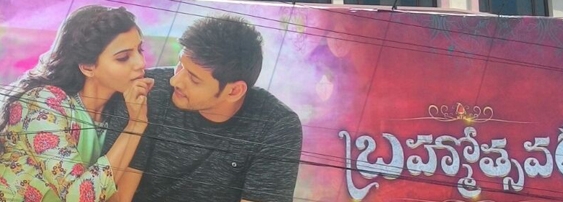
Language: telugu
Transcription: బ్రహ్మోత్సవ